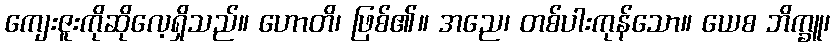
ကျေးဇူးကိုဆိုလေ့ရှိသည်။ ဟောတိ၊ ဖြစ်၏။ အညေ၊ တစ်ပါးကုန်သော။ ယေစ ဘိက္ခူ၊